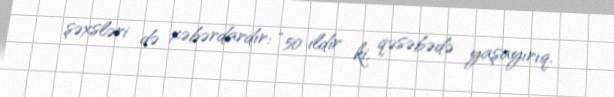
şəxsləri də xəbərdardır: “50 ildir ki, qəsəbədə yaşayırıq.